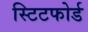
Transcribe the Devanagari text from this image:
स्टिटफोर्ड